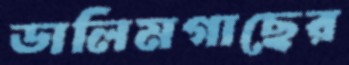
ডালিমগাছের